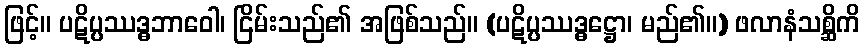
ဖြင့်။ ပဋိပ္ပဿဒ္ဓဘာဝေါ၊ ငြိမ်းသည်၏ အဖြစ်သည်။ (ပဋိပ္ပဿဒ္ဓဋ္ဌော၊ မည်၏။) ဖလာနံသစ္ဆိကိ